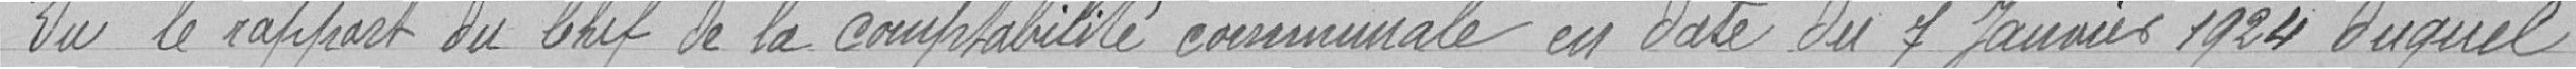
Vu le rapport du Chef de la comptabilité en date du 7 Janvier 1924 duquel